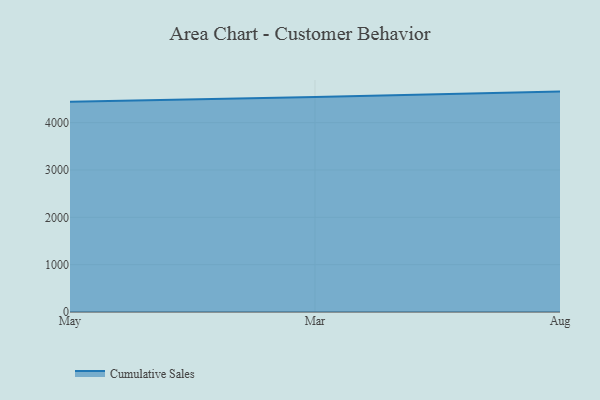
{"axis": {"x": "Month", "y": "Churn Rate (%)"}, "legend": ["Cumulative Sales"], "data": [{"x": "May", "y": 4441.3, "type": "Cumulative Sales"}, {"x": "Mar", "y": 4540.6, "type": "Cumulative Sales"}, {"x": "Aug", "y": 4656.4, "type": "Cumulative Sales"}]}